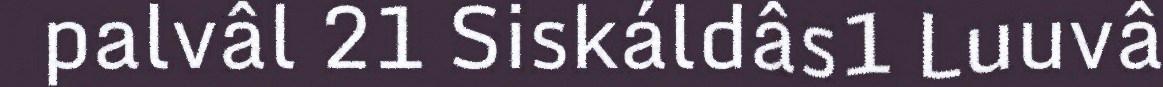
palvâl 21 Siskáldâs1 Luuvâ